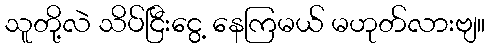
သူတို့လဲ သိပ်ငြီးငွေ့ နေကြမယ် မဟုတ်လားဗျ။